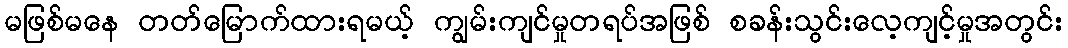
မဖြစ်မနေ တတ်မြောက်ထားရမယ့် ကျွမ်းကျင်မှုတရပ်အဖြစ် စခန်းသွင်းလေ့ကျင့်မှုအတွင်း